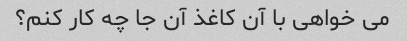
می خواهی با آن کاغذ آن جا چه کار کنم؟